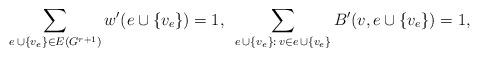
LaTeX: \begin{align*}\sum_{e\,\cup\{v_e\}\in E(G^{r+1})}w'(e\cup\{v_e\})=1,~\sum_{e\,\cup\{v_e\}:\,v\in e\,\cup\{v_e\}}B'(v,e\cup\{v_e\})=1,\end{align*}